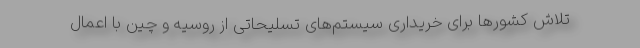
تلاش کشورها برای خریداری سیستم‌های تسلیحاتی از روسیه و چین با اعمال